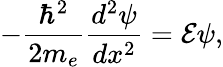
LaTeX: -\frac{\hbar^{2}}{2m_{e}}\frac{d^{2}\psi}{dx^{2}}=\mathcal{E}\psi,